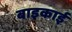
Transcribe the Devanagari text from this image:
बाइकाई